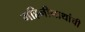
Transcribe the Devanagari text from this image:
गहिनीनाथांची